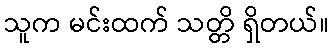
သူက မင်းထက် သတ္တိ ရှိတယ်။